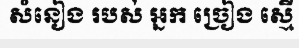
សំនៀង របស់ អ្នក ច្រៀង ស្មើ